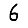
Digit: 6